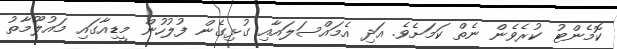
ކޮމެންޓު ކުރެވެން ނެތް ކަމަށެވެ. އަދި އެމައްސަލައާއި ގުޅިގެން ފުލުހުން މީޑިއާގައި މައުލޫމާތު